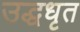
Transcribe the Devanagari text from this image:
उद्धधृत